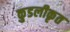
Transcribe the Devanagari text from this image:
कुडलीकृत